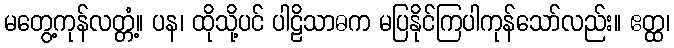
မတွေ့ကုန်လတ္တံ့။ ပန၊ ထိုသို့ပင် ပါဠိသာဓက မပြနိုင်ကြပါကုန်သော်လည်း။ ဧတ္ထ၊